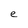
Character: e